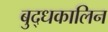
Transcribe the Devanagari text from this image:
बुद्धकालिन